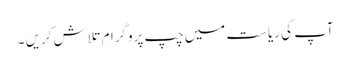
آپ کی ریاست میں چپ پروگرام تلاش کریں ۔